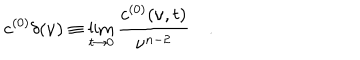
LaTeX: c ^ { ( 0 ) } \delta ( \nu ) \equiv \lim _ { t \to 0 } { \frac { c ^ { ( 0 ) } ( \nu , t ) } { \nu ^ { n - 2 } } } \quad .